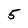
Character: 5